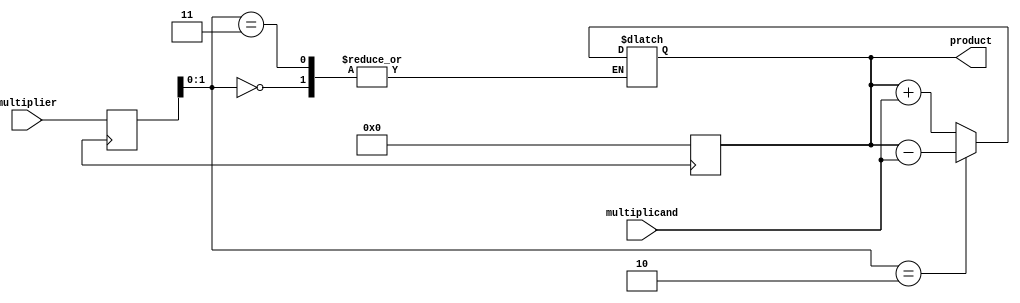
module booth_multiplier(
    input signed [15:0] multiplier,
    input signed [15:0] multiplicand,
    output signed [31:0] product
);

reg [15:0] m_reg;
reg [31:0] p_reg;

always @(posedge clk) begin
    m_reg <= multiplier;
    p_reg <= 0;
end

always @(*) begin
    case(m_reg[1:0])
        2'b00: p_reg = p_reg;
        2'b01: p_reg = p_reg + multiplicand;
        2'b10: p_reg = p_reg - multiplicand;
        2'b11: p_reg = p_reg;
    endcase
    
    m_reg = {m_reg[14:0], m_reg[15]};
end

assign product = p_reg;

endmodule